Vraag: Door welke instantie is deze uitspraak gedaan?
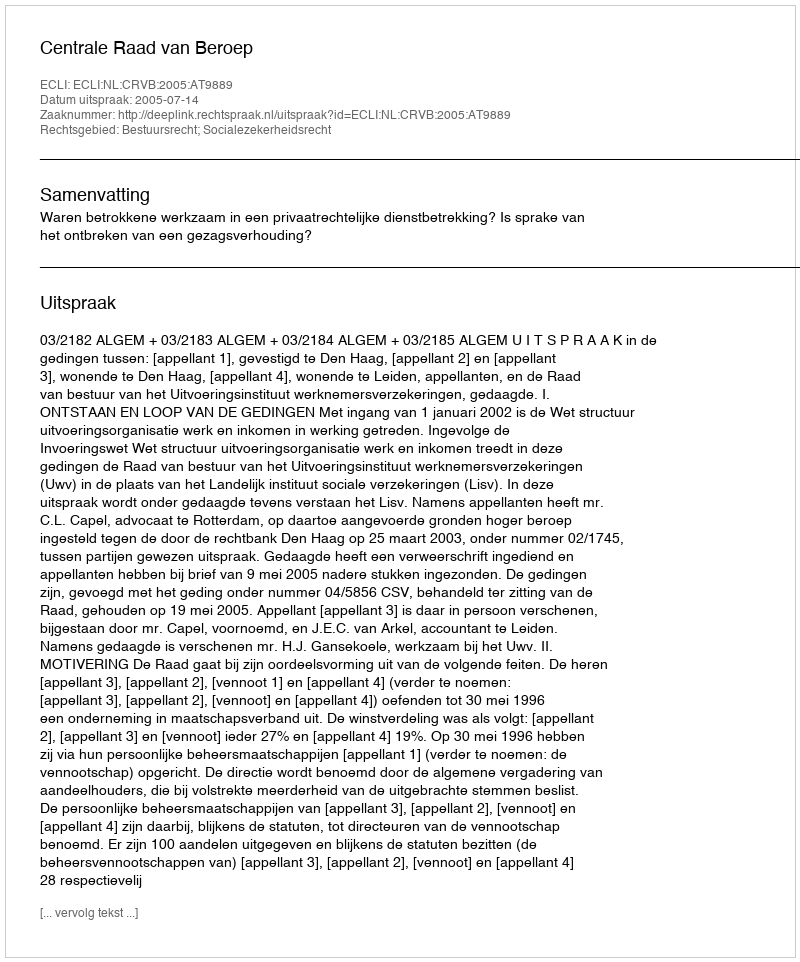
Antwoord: Centrale Raad van Beroep